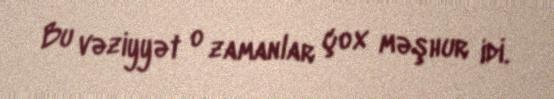
Bu vəziyyət o zamanlar çox məşhur idi.